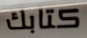
كتابك